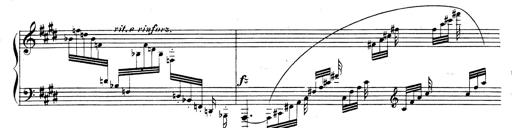
Title: Rhapsodie espagnole
Composer: Franz Liszt